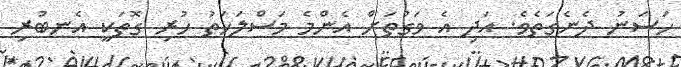
ހަސަނު ދެނެގަތެވެ. އަދި އެ ވަގުތަށް އެންމެ މަސްލަހަތު ހުރި ގޮތަކީ އެނބުރި